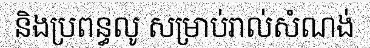
និងប្រពន្ធលូ សម្រាប់រាល់សំណង់